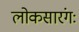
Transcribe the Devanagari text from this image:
लोकसारंगः